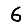
Digit: 6